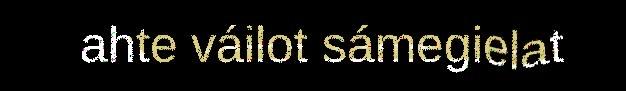
ahte váilot sámegielat